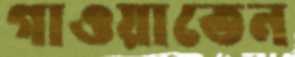
গাওয়াতেন